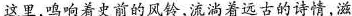
这里，鸣响着史前的风铃，流淌着远古的诗情，滋